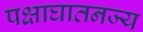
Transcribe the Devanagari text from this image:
पक्षाघातनज्य